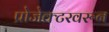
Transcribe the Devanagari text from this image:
प्रोजेक्टरवरून